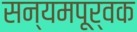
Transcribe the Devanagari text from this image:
सन्यमपूर्वक